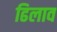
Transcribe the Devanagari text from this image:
ढिलाव